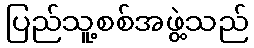
ပြည်သူ့စစ်အဖွဲ့သည်